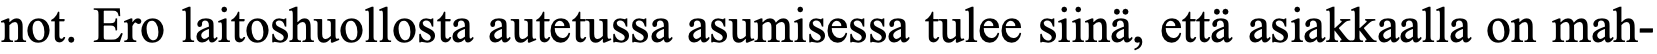
not. Ero laitoshuollosta autetussa asumisessa tulee siinä, että asiakkaalla on mah-